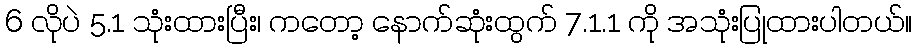
6 လိုပဲ 5.1 သုံးထားပြီး၊ ကတော့ နောက်ဆုံးထွက် 7.1.1 ကို အသုံးပြုထားပါတယ်။